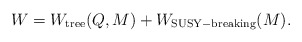
\begin{align*}W=W_{\rm tree}(Q,M)+W_{\rm SUSY-breaking}(M).\end{align*}